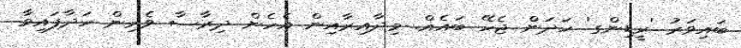
ބައިވަރު 'ރީޑިންގ' ހަދަން ޖެހޭ ބައެއް. މިދާއިރާއިން އެހެން ދިރާސާ ވެރިން ހަދާފައިވާ